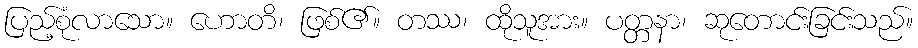
ပြည့်စုံလာသော။ ဟောတိ၊ ဖြစ်၏။ တဿ၊ ထိုသူအား။ ပတ္တနာ၊ ဆုတောင်းခြင်းသည်။